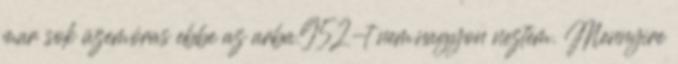
mar sok üzemóras ebbe az arba.952-t nem.nagyon neztem. Mennyire